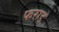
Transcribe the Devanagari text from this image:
फराड